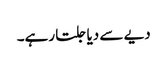
دیے سے دیا جلتا رہے۔